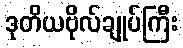
ဒုတိယဗိုလ်ချုပ်ကြီး